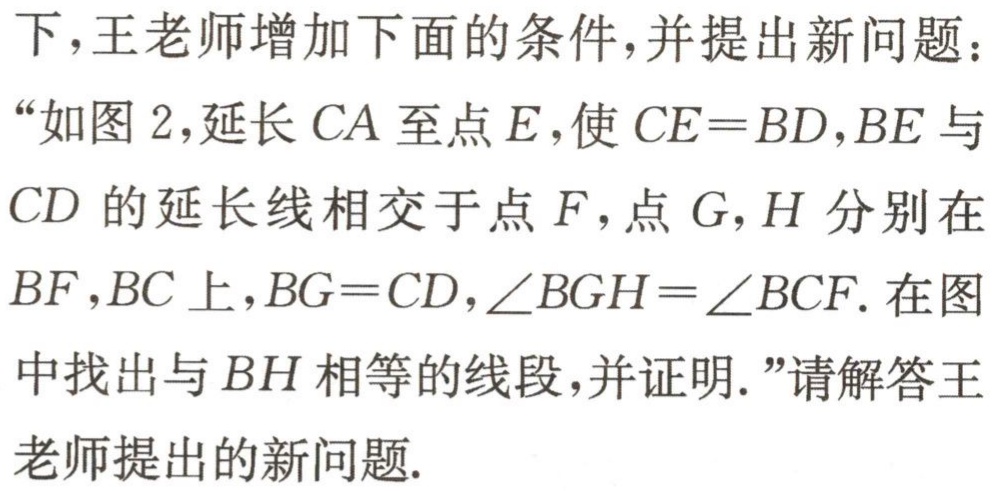
下，王老师增加下面的条件，并提出新问题：
“如图 2，延长 \(CA\) 至点 \(E\)，使 \(CE = BD\)，\(BE\) 与
\(CD\) 的延长线相交于点 \(F\)，点 \(G\)，\(H\) 分别在
\(BF\)，\(BC\) 上，\(BG = CD\)，\(\angle BGH=\angle BCF\). 在图
中找出与 \(BH\) 相等的线段，并证明.”请解答王
老师提出的新问题.